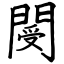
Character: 閿